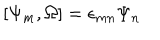
[ \Psi _ { m } , \Omega ] = \epsilon _ { m n } \Psi _ { n }